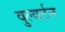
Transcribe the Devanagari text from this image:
वुल्वर्टन